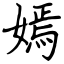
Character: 嫣